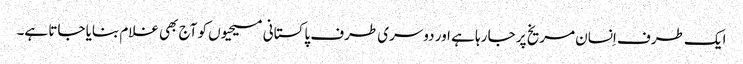
ایک طرف اِنسان مریخ پر جا رہا ہے اور دوسری طرف پاکستانی مسیحیوں کو آج بھی غلام بنایا جاتا ہے۔